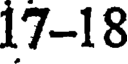
17-18